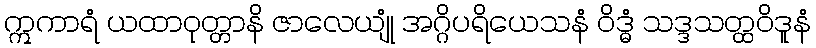
ဣကာရံ ယထာဝုတ္တာနိ ဇာလေယျုံ အဂ္ဂိပရိယေသနံ ဝိဒ္ဓံ သဒ္ဒသတ္ထဝိဒူနံ